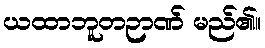
ယထာဘူတဉာဏ် မည်၏။